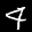
Label: 4